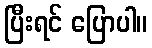
ပြီးရင် ပြောပါ။